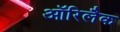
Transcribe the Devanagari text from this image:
ऑरिलैक